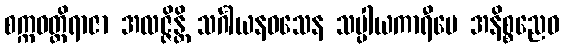
စက္ကဝတ္တိရာဇာ အလဇ္ဇိန္တိ သင်္ဂါယနဝသေန သပ္ပါယကာရီပေ အနိစ္စညေဝ